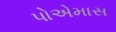
પોએમાસ